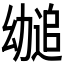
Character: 𫷤